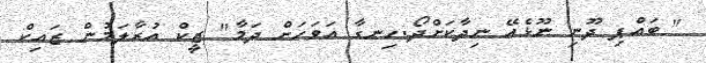
" ބައްޕި ދޫނި ނޫޅެއޭ ނިދާކަށްދޯ.ހިނގާ އަވަހަށް ދަމާ" ޒީކް އުރާލަމުން ޒައިކް